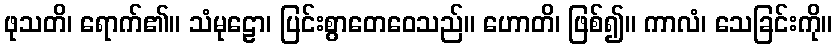
ဖုသတိ၊ ရောက်၏။ သံမုဠော၊ ပြင်းစွာတေဝေသည်။ ဟောတိ၊ ဖြစ်၍။ ကာလံ၊ သေခြင်းကို။